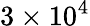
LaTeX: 3\times 10^{4}